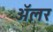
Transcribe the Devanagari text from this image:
ॲलर